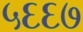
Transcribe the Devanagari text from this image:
५६६७